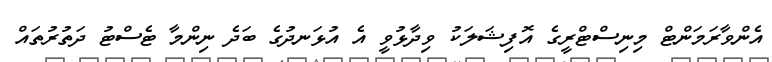
އެންވާރަމަންޓް މިނިސްޓްރީގެ އޮފިޝަލަކު ވިދާޅުވީ އެ އުޅަނދުގެ ބަދެ ނިންމާ ޓެސްޓު ދަތުރުތައް